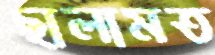
ছালামত